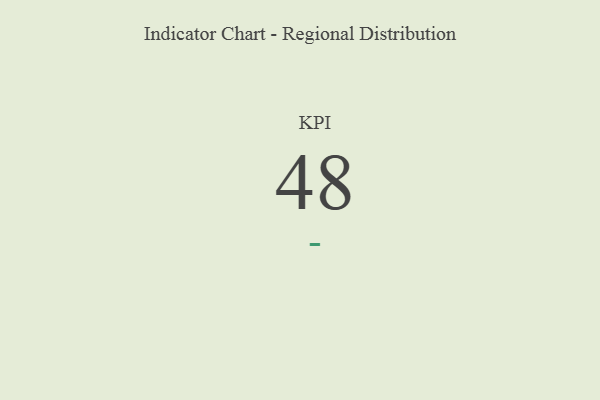
{"axis": {"x": "KPI", "y": "Value"}, "legend": [""], "data": [{"x": "KPI", "y": 48, "type": ""}]}